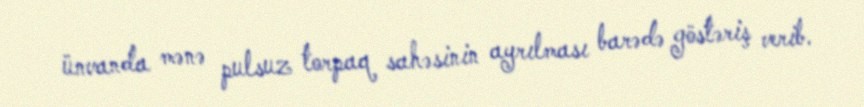
ünvanda mənə pulsuz torpaq sahəsinin ayrılması barədə göstəriş verib.